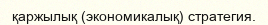
қаржылық (экономикалық) стратегия.